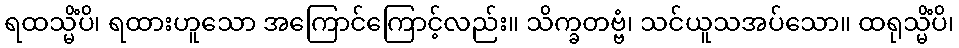
ရထသ္မိံပိ၊ ရထားဟူသော အကြောင်ကြောင့်လည်း။ သိက္ခတဗ္ဗံ၊ သင်ယူသအပ်သော။ ထရုသ္မိံပိ၊